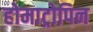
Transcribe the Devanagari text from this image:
होमाट्रोपिन